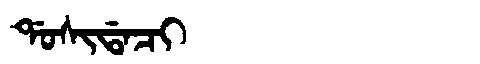
Manchu: ᡩᠣᠰᡳᡩᠠᠴᡳ
Romanization: DOSIDACI